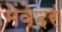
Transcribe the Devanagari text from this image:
मेंवेदर